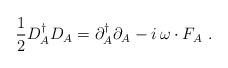
LaTeX: \begin{align*}\frac12D_A^\dagger D_A = \partial_A^\dagger \partial_A -i\,\omega\cdot F_A\ .\end{align*}